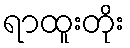
ရာထူးတိုး